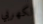
الكهربي